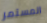
المستمر